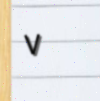
٧